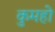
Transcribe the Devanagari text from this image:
कुमहो